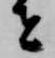
者